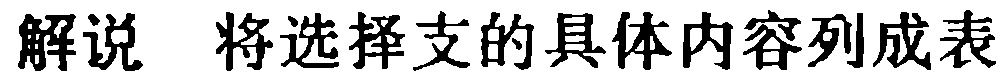
解说 将选择支的具体内容列成表